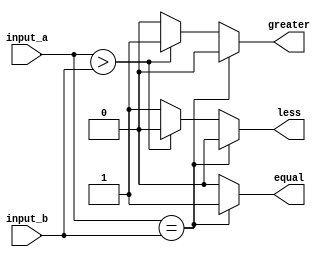
module parameterized_comparator #(
    parameter N = 8  // Default width is set to 8 bits
)(
    input  [N-1:0] input_a,   // First input of width N
    input  [N-1:0] input_b,   // Second input of width N
    output reg equal,          // Output signal for equality
    output reg greater,        // Output signal for greater than
    output reg less            // Output signal for less than
);

always @ (input_a, input_b) begin
    // Initialize output signals
    equal = 0;
    greater = 0;
    less = 0;
    
    // Compare the inputs
    if (input_a == input_b) begin
        equal = 1;
    end else if (input_a > input_b) begin
        greater = 1;
    end else begin
        less = 1;
    end
end

endmodule